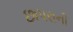
છાપરાની